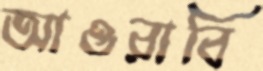
আওরাবি